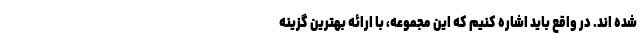
شده اند. در واقع باید اشاره کنیم که این مجموعه، با ارائه بهترین گزینه